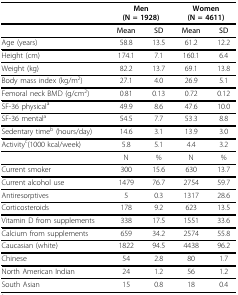
<table><thead><tr><td></td><td colspan="2"><b>Men(N = 1928)</b></td><td colspan="2"><b>Women(N = 4611)</b></td></tr></thead><tbody><tr><td></td><td><b>Mean</b></td><td><b>SD</b></td><td><b>Mean</b></td><td><b>SD</b></td></tr><tr><td>Age (years)</td><td>58.8</td><td>13.5</td><td>61.2</td><td>12.2</td></tr><tr><td>Height (cm)</td><td>174.1</td><td>7.1</td><td>160.1</td><td>6.4</td></tr><tr><td>Weight (kg)</td><td>82.2</td><td>13.7</td><td>69.1</td><td>13.8</td></tr><tr><td>Body mass index (kg/m<sup>2</sup>)</td><td>27.1</td><td>4.0</td><td>26.9</td><td>5.1</td></tr><tr><td>Femoral neck BMD (g/cm<sup>2</sup>)</td><td>0.81</td><td>0.13</td><td>0.72</td><td>0.12</td></tr><tr><td>SF-36 physical<sup>a</sup></td><td>49.9</td><td>8.6</td><td>47.6</td><td>10.0</td></tr><tr><td>SF-36 mental<sup>a</sup></td><td>54.5</td><td>7.7</td><td>53.3</td><td>8.8</td></tr><tr><td>Sedentary time<sup>b </sup>(hours/day)</td><td>14.6</td><td>3.1</td><td>13.9</td><td>3.0</td></tr><tr><td>Activity<sup>c</sup>(1000 kcal/week)</td><td>5.8</td><td>5.1</td><td>4.4</td><td>3.2</td></tr><tr><td></td><td>N</td><td>%</td><td>N</td><td>%</td></tr><tr><td>Current smoker</td><td>300</td><td>15.6</td><td>630</td><td>13.7</td></tr><tr><td>Current alcohol use</td><td>1479</td><td>76.7</td><td>2754</td><td>59.7</td></tr><tr><td>Antiresorptives</td><td>5</td><td>0.3</td><td>1317</td><td>28.6</td></tr><tr><td>Corticosteroids</td><td>178</td><td>9.2</td><td>623</td><td>13.5</td></tr><tr><td>Vitamin D from supplements</td><td>338</td><td>17.5</td><td>1551</td><td>33.6</td></tr><tr><td>Calcium from supplements</td><td>659</td><td>34.2</td><td>2574</td><td>55.8</td></tr><tr><td>Caucasian (white)</td><td>1822</td><td>94.5</td><td>4438</td><td>96.2</td></tr><tr><td>Chinese</td><td>54</td><td>2.8</td><td>80</td><td>1.7</td></tr><tr><td>North American Indian</td><td>24</td><td>1.2</td><td>56</td><td>1.2</td></tr><tr><td>South Asian</td><td>15</td><td>0.8</td><td>18</td><td>0.4</td></tr></tbody></table>